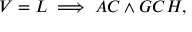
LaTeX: V = L \implies A C \land G C H ,